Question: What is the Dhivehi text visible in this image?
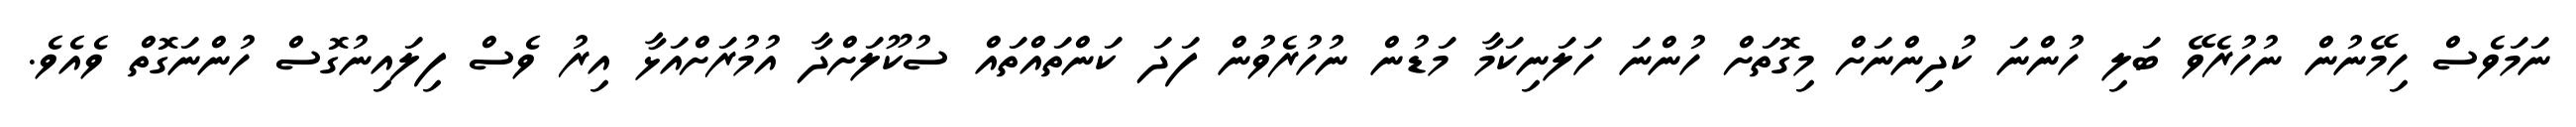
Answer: ނަމަވެސް ހިމޭނުން ނުހުރެވޭ ބަލި ހުންނަ ކުދިންނަށް މިގޮތަށް ހުންނަ ހަލަނިކަމާ މަޑުން ނުހުރެވުން ފަދަ ކަންތައްތައް ސުކޫލަށްދާ އުމުރަށްއަޅާ އިރު ވެސް ފިލައިނުގޮސް ހުންނަގޮތް ވެއެވެ.